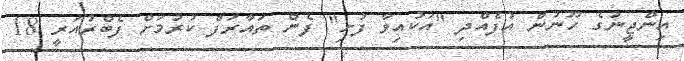
އިންޖީނުގެ ހޫނުން އުފެއްދި "އަކުއިވާ ފުށި" ފެން ތައާރަފް ކުރުމަށް ފެބްރުއަރީ 18